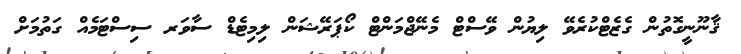
ޤާނޫނީގޮތުން ގެޒެޓްކުރެވޭ ލިޔުން ވޭސްޓް މެނޭޖްމަންޓް ކޯޕަރޭޝަން ލިމިޓެޑް ސާވަރ ސިސްޓަމެއް ގަތުމަށް